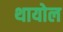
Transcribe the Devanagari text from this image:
थायोल